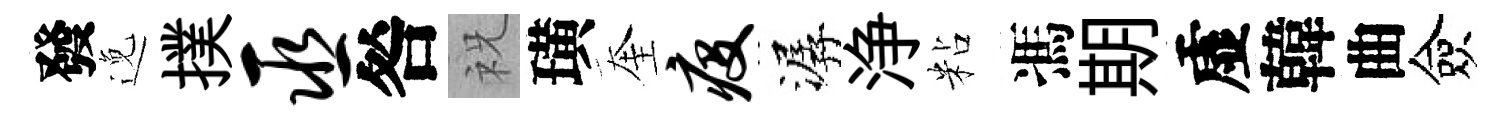
發𨓜撲巫咎祝璜奎疫潺浄粘馮期虚韓曲僉